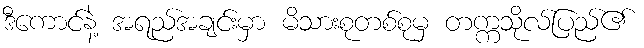
ဒီကောင်နဲ့ အရည်အချင်းမှာ မိသားစုတစ်စုမှ တက္ကသိုလ်ပြည်၏